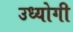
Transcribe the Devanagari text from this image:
उध्योगी